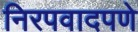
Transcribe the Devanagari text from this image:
निरपवादपणे